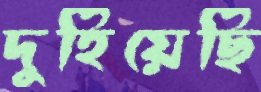
দুহিয়েছি